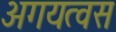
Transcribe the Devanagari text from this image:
अगयत्वस